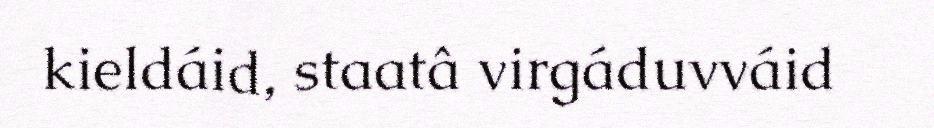
kieldáid, staatâ virgáduvváid